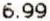
6.99